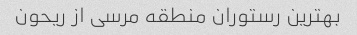
بهترین رستوران منطقه مرسی از ریحون